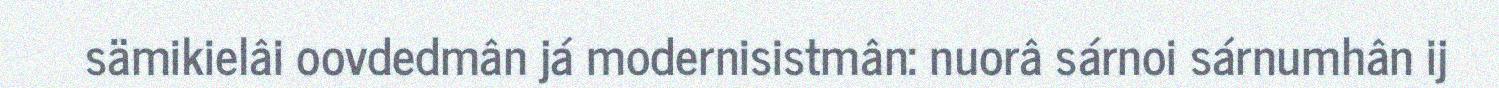
sämikielâi oovdedmân já modernisistmân: nuorâ sárnoi sárnumhân ij